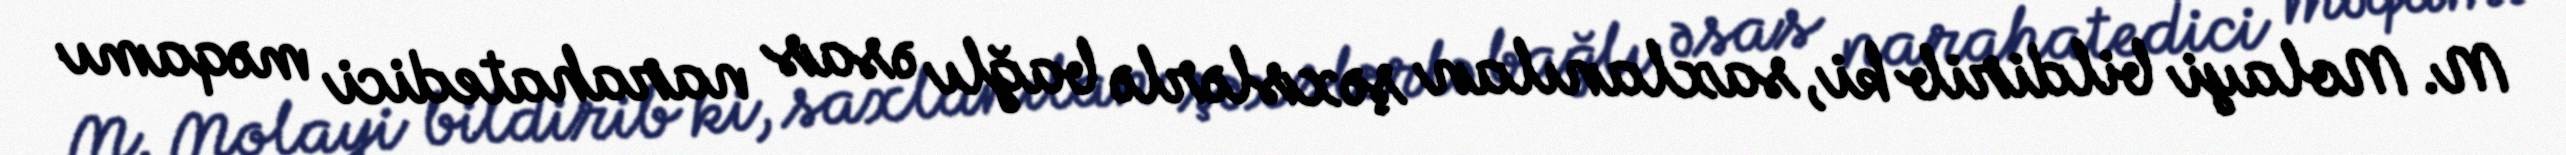
M. Molayi bildirib ki, saxlanılan şəxslərlə bağlı əsas narahatedici məqamı